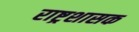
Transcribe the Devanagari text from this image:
राष्ट्रशासक